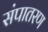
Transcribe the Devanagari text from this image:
संपातरण